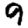
Digit: 9